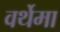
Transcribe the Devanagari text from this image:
वर्थेमा